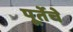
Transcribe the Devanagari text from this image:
पूर्तेचे